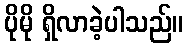
ပိုမို ရှိလာခဲ့ပါသည်။